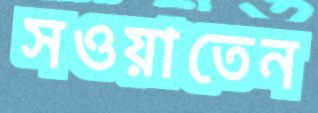
সওয়াতেন